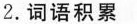
2.词语积累